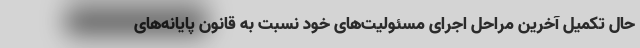
حال تکمیل آخرین مراحل اجرای مسئولیت‌های خود نسبت به قانون پایانه‌های